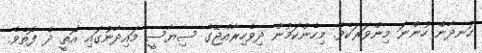
ހަނދާން ހުންނަ މިންވަރަކެވެ. މިހެންކަމުން ދިވެހިރާއްޖޭގެ ސިޔާސީ މައިދާނުގައި އޮތީ ދެ ފޮތެވެ.